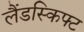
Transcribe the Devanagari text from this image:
लैंडस्किफ्ट